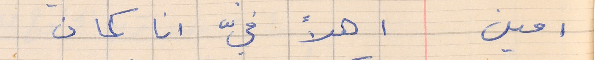
امين         اهلاً فيّ انا كمان